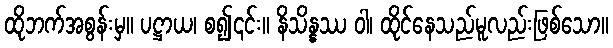
ထိုဘက်အစွန်းမှ။ ပဋ္ဌာယ၊ စ၍၎င်း။ နိသိန္နဿ ဝါ၊ ထိုင်နေသည်မူလည်းဖြစ်သော။